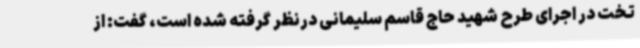
تخت در اجرای طرح شهید حاج قاسم سلیمانی درنظر گرفته شده است، گفت: از